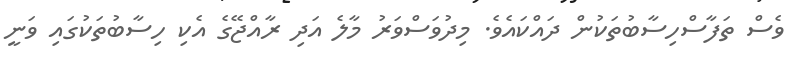
ވެސް ތަފާސްހިސާބުތަކުން ދައްކައެވެ. މިދުވަސްވަރު މާލެ އަދި ރާއްޖޭގެ އެކި ހިސާބުތަކުގައި ވަނީ